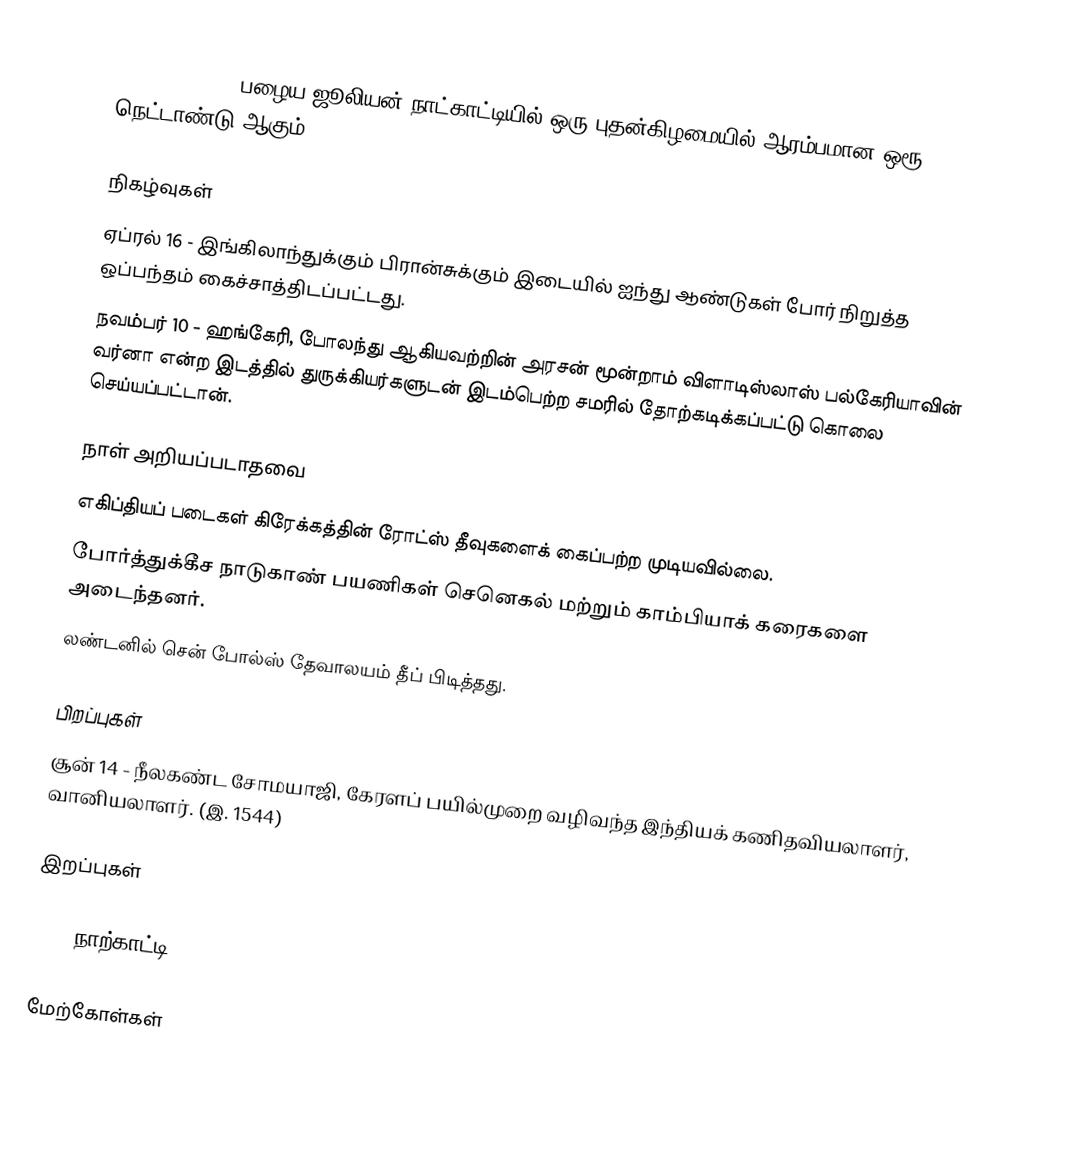
1444 (MCDXLIV) பழைய ஜூலியன் நாட்காட்டியில் ஒரு புதன்கிழமையில் ஆரம்பமான ஒரூ நெட்டாண்டு ஆகும்.

நிகழ்வுகள்
 ஏப்ரல் 16 - இங்கிலாந்துக்கும் பிரான்சுக்கும் இடையில் ஐந்து ஆண்டுகள் போர் நிறுத்த ஒப்பந்தம் கைச்சாத்திடப்பட்டது.
 நவம்பர் 10 - ஹங்கேரி, போலந்து ஆகியவற்றின் அரசன் மூன்றாம் விளாடிஸ்லாஸ் பல்கேரியாவின் வர்னா என்ற இடத்தில் துருக்கியர்களுடன் இடம்பெற்ற சமரில் தோற்கடிக்கப்பட்டு கொலை செய்யப்பட்டான்.

நாள் அறியப்படாதவை
 எகிப்தியப் படைகள் கிரேக்கத்தின் ரோட்ஸ் தீவுகளைக் கைப்பற்ற முடியவில்லை.
 போர்த்துக்கீச நாடுகாண் பயணிகள் செனெகல் மற்றும் காம்பியாக் கரைகளை அடைந்தனர்.
 லண்டனில் சென் போல்ஸ் தேவாலயம் தீப் பிடித்தது.

பிறப்புகள்
 சூன் 14 - நீலகண்ட சோமயாஜி, கேரளப் பயில்முறை வழிவந்த இந்தியக் கணிதவியலாளர், வானியலாளர். (இ. 1544)

இறப்புகள்

1444 நாற்காட்டி

மேற்கோள்கள்